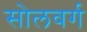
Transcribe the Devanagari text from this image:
सोलवर्ग